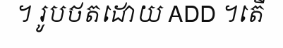
។ រូបថតដោយ ADD ។តើ